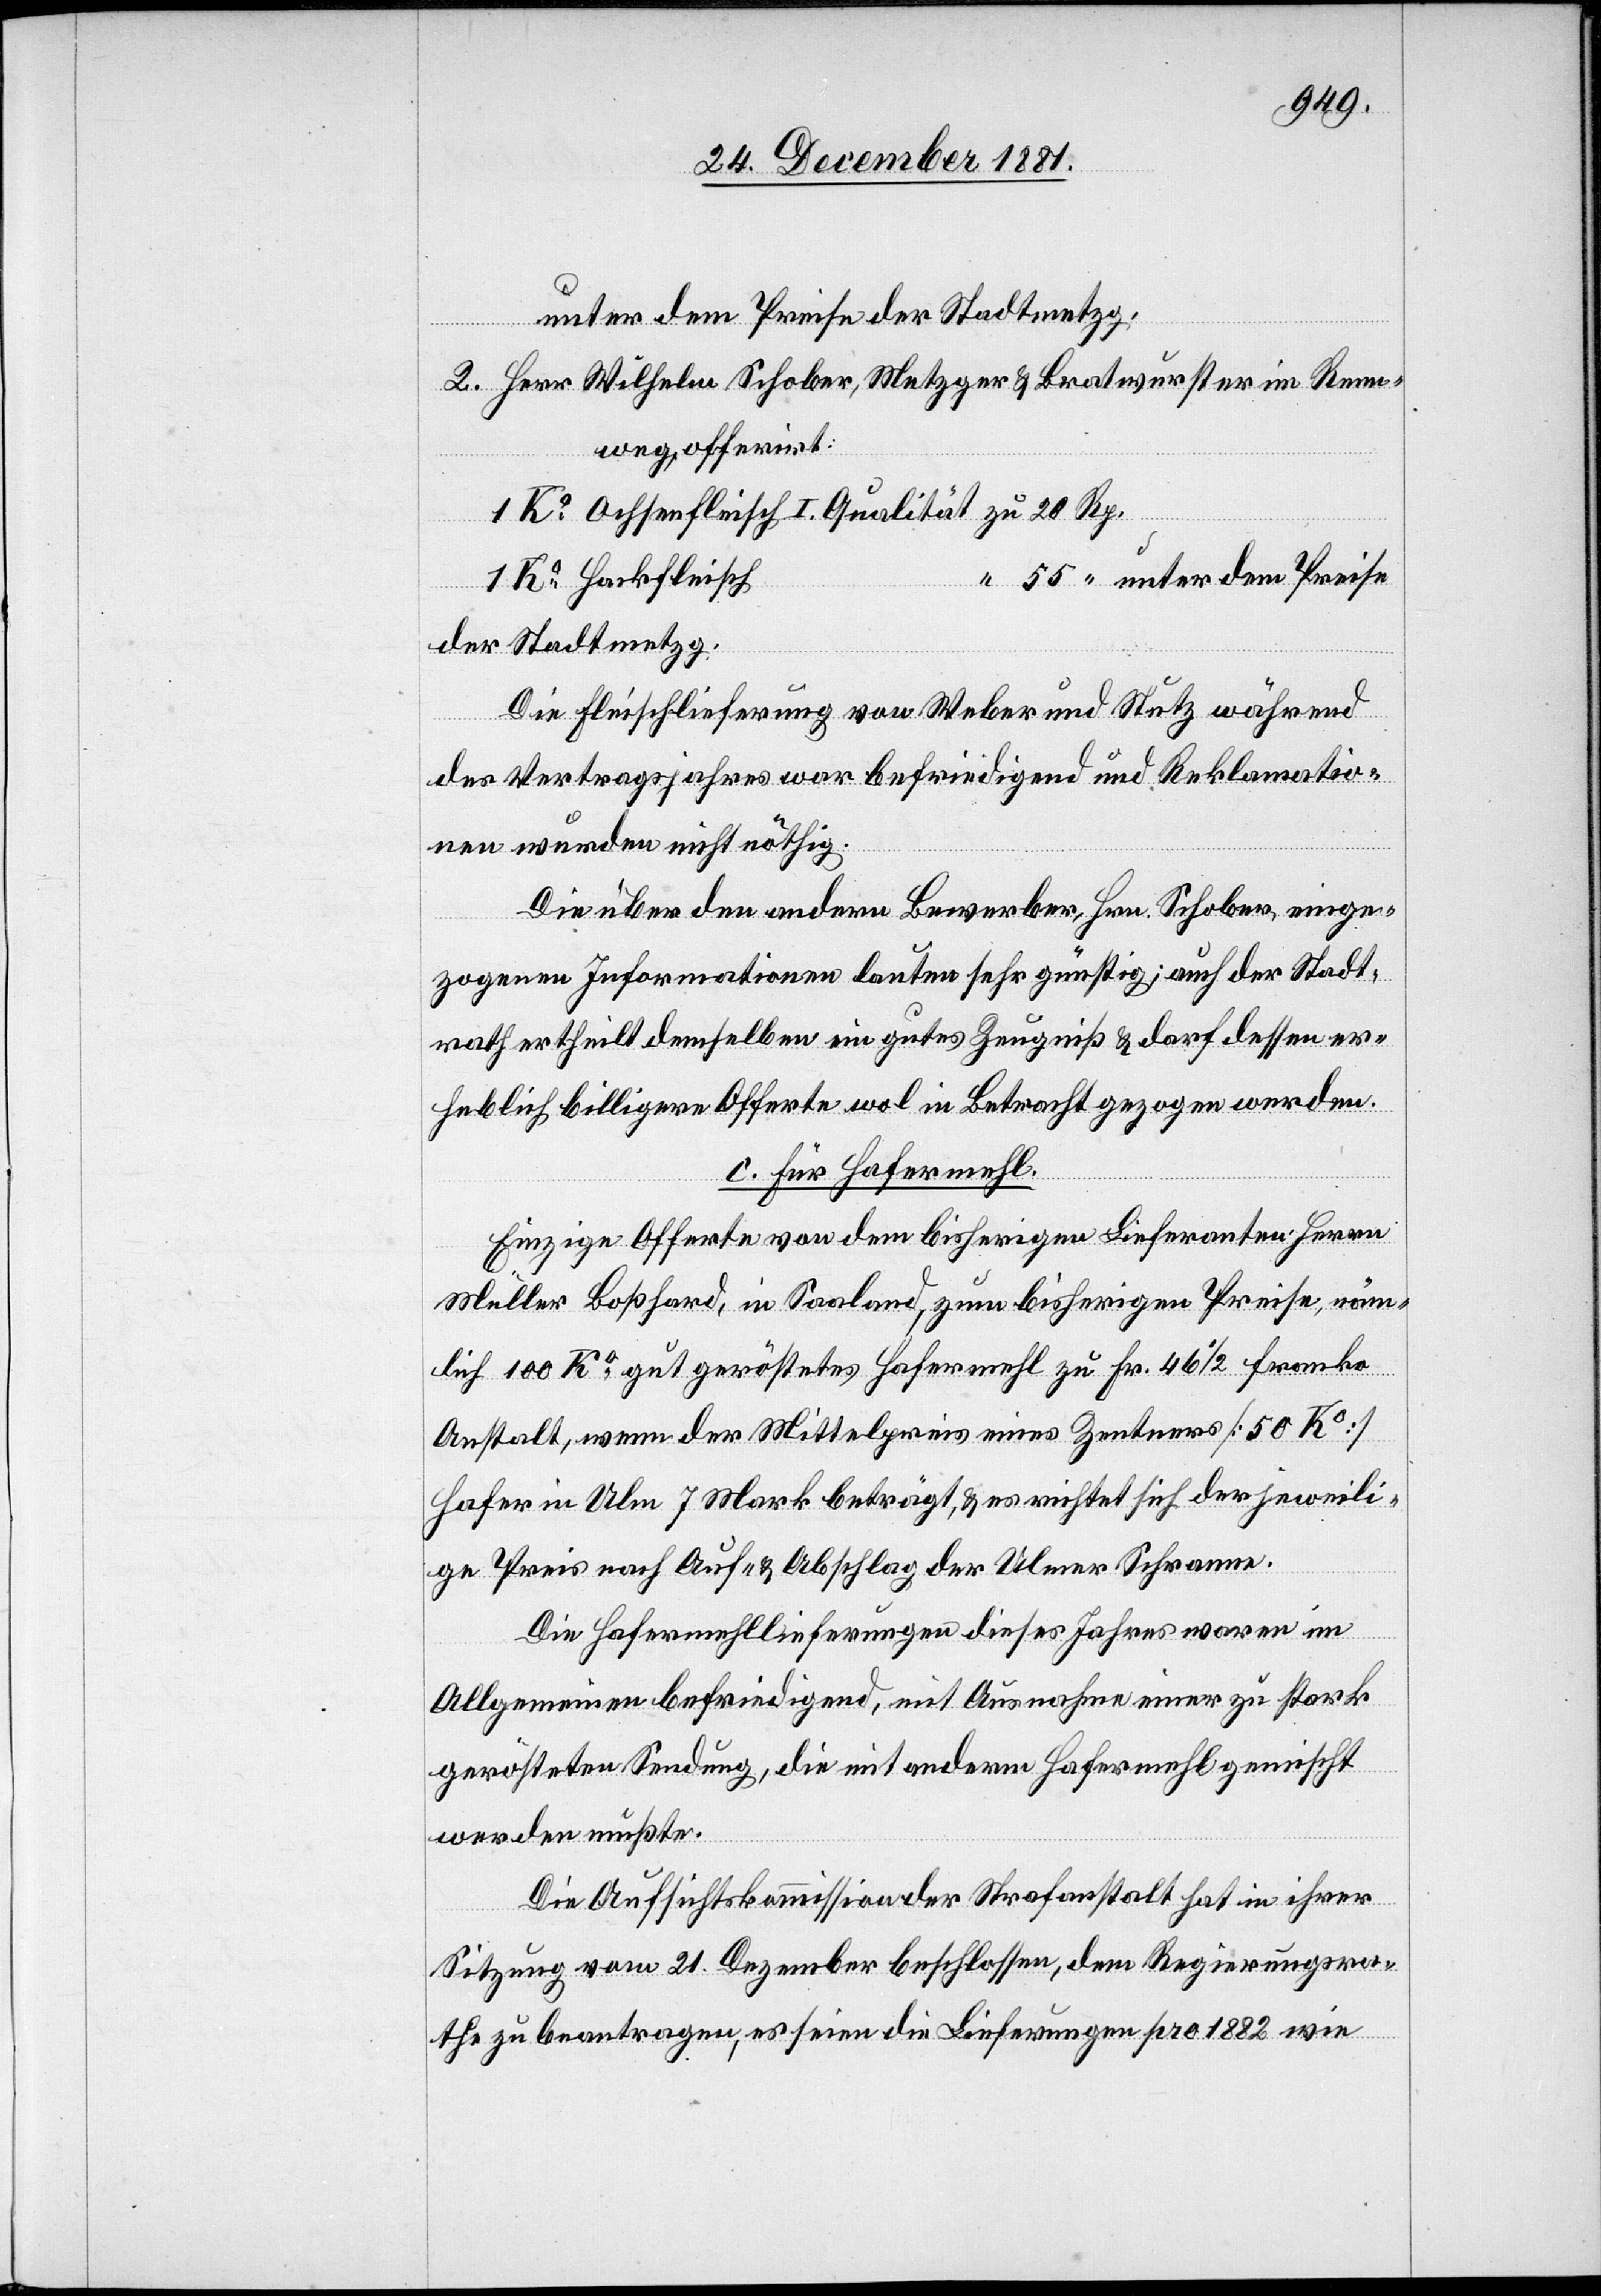
unter dem Preise der Stadtmetzg.
2. Herr Wilhelm Schober, Metzger & Bratwurster im Renn¬
weg, offerirt:
1 Ko Hackfleisch
55
Die Fleischlieferung von Weber und Stutz während
des Vertragsjahres war befriedigend und Reklamatio¬
nen wurden nicht nöthig.
Die über den andern Bewerber, Hrn. Schober, einge¬
zogenen Informationen lauten sehr günstig; auch der Stadt¬
rath ertheilt demselben ein gutes Zeugniß & darf dessen er¬
heblich billigere Offerte wol in Betracht gezogen werden.
c. für Hafermehl.
Einzige Offerte von dem bisherigen Lieferanten Herrn
Müller Boßhard, in Saaland, zum bisherigen Preise, näm¬
lich 100 Ko gut geröstetes Hafermehl zu Fr. 46 1/2 franko
Anstalt, wenn der Mittelpreis eines Zentners [50 Ko]
Hafer in Ulm 7 Mark beträgt, & es richtet sich der jeweili¬
ge Preis nach Auf- & Abschlag der Ulmer Schranne.
Die Hafermehllieferungen dieses Jahres waren im
Allgemeinen befriedigend, mit Ausnahme einer zu stark
gerösteten Sendung, die mit anderm Hafermehl gemischt
werden mußte.
Die Aufsichtskommission der Strafanstalt hat in ihrer
Sitzung vom 21. Dezember beschlossen, dem Regierungsra¬
the zu beantragen, es seien die Lieferungen pro 1882 wie